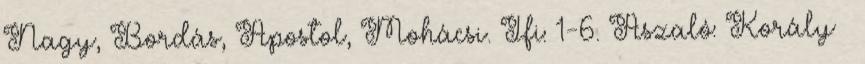
Nagy, Bordás, Apostol, Mohácsi. Ifi: 1-6. Aszaló: Korály –